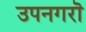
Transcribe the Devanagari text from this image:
उपनगरॊ